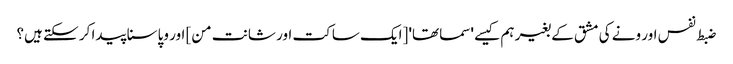
ضبط نفس اور ونے کی مشق کے بغیر ہم کیسے 'سماتھا' [ایک ساکت اور شانت من] اور وپاسنا پیدا کر سکتے ہیں؟